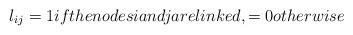
LaTeX: \begin{align*}l_{ij} = 1 if the nodes i and j are linked, = 0 otherwise\end{align*}